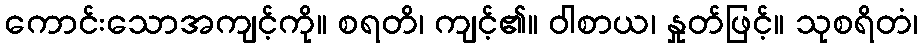
ကောင်းသောအကျင့်ကို။ စရတိ၊ ကျင့်၏။ ဝါစာယ၊ နှုတ်ဖြင့်။ သုစရိတံ၊